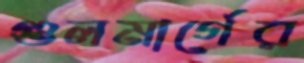
গুলমার্গের